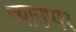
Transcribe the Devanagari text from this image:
त्याउप्पर